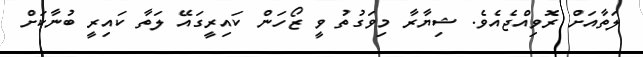
ލަތާއަށް ރޮވިއްޖެއެވެ. ޝިޔާރާ މިވަގުތު ވީ ޒޯހަން ކައިރީގައޭ ލަތާ ކައިރީ ބުނާކަށް